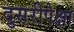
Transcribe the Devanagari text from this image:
दुसरीपेक्षा